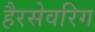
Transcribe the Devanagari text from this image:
हैरसेवरिग